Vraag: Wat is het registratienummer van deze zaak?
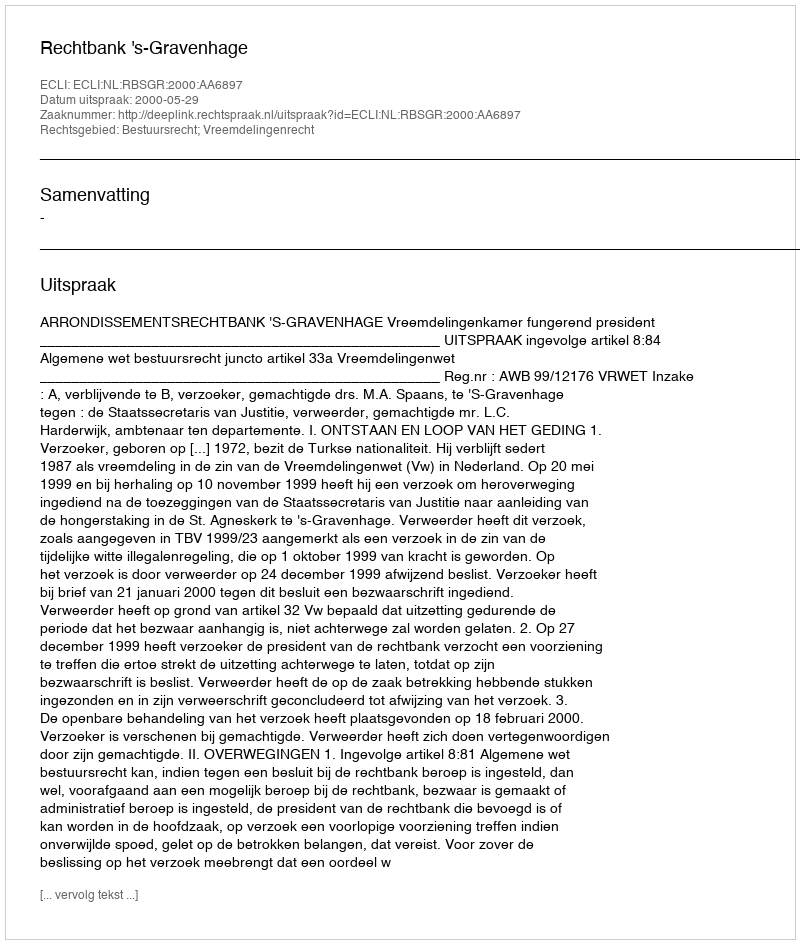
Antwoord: http://deeplink.rechtspraak.nl/uitspraak?id=ECLI:NL:RBSGR:2000:AA6897